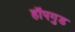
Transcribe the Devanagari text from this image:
हॉपगुड